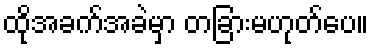
ထိုအခက်အခဲမှာ တခြားမဟုတ်ပေ။